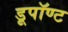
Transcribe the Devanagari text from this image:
डूपॉण्ट